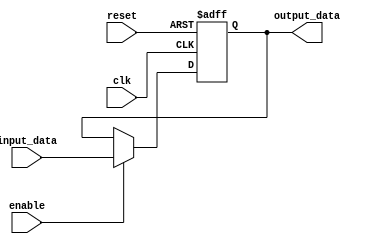
module Buffer_Delay (
    input wire clk,
    input wire reset,
    input wire enable,
    input wire [DATA_WIDTH-1:0] input_data,
    output reg [DATA_WIDTH-1:0] output_data
);

parameter DATA_WIDTH = 8;
parameter DELAY_LENGTH = 10;

reg [DATA_WIDTH-1:0] delayed_data;

always @(posedge clk or posedge reset) begin
    if (reset) begin
        delayed_data <= 0;
    end else if (enable) begin
        #DELAY_LENGTH delayed_data <= input_data;
    end
end

assign output_data = delayed_data;

endmodule